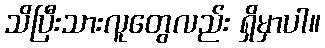
သိပြီးသားလူတွေလည်း ရှိမှာပါ။